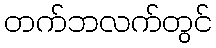
တက်ဘလက်တွင်